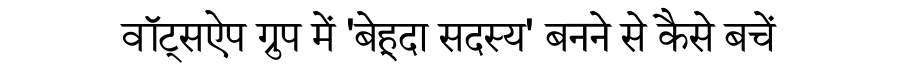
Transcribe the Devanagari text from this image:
वॉट्सऐप ग्रुप में 'बेहूदा सदस्य' बनने से कैसे बचें